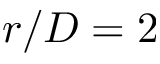
r / D = 2